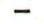
-